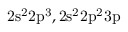
\mathrm { 2 s ^ { 2 } 2 p ^ { 3 } , 2 s ^ { 2 } 2 p ^ { 2 } 3 p }